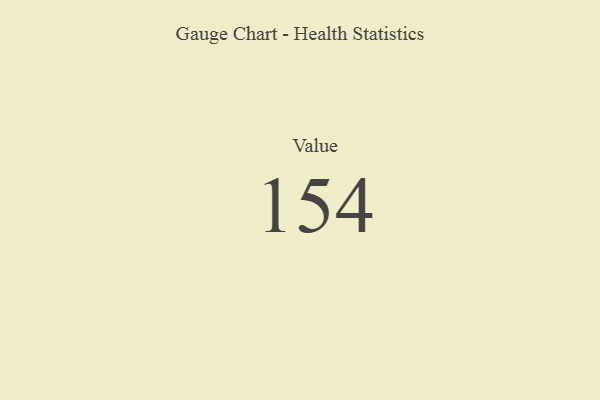
{"axis": {"x": "Metric", "y": "Value"}, "legend": [""], "data": [{"x": "Value", "y": 154, "type": ""}]}